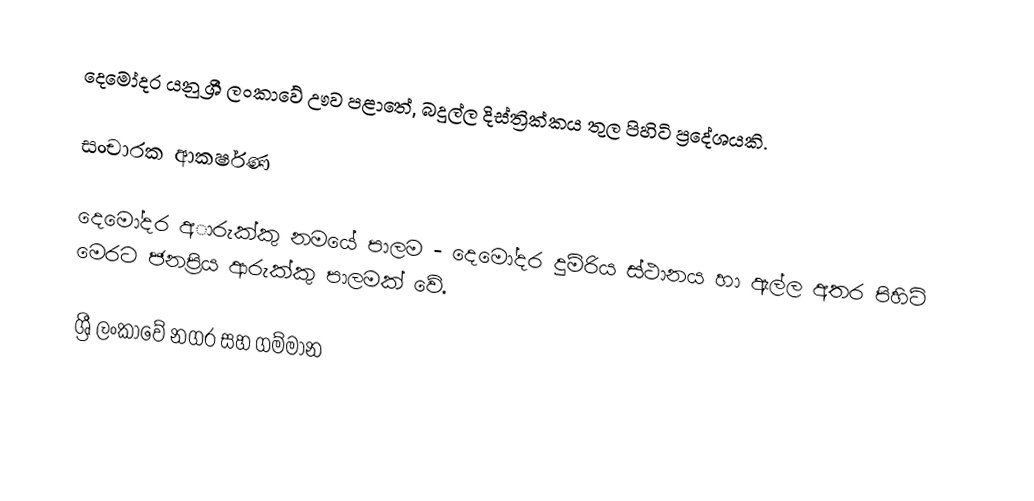
දෙමෝදර යනු ශ්‍රී ලංකාවේ ඌව පළාතේ, බදුල්ල දිස්ත්‍රික්කය තුල පිහිටි ප්‍රදේශයකි.

සංචාරක ආකර්ෂණ

දෙමෝදර අාරුක්කු නමයේ පාලම -  දෙමෝදර දුම්රිය ස්ථානය හා ඇල්ල අතර පිහිටි මෙරට ජනප්‍රිය ආරුක්කු පාලමක් වේ.

ශ්‍රී ලංකාවේ නගර සහ ගම්මාන